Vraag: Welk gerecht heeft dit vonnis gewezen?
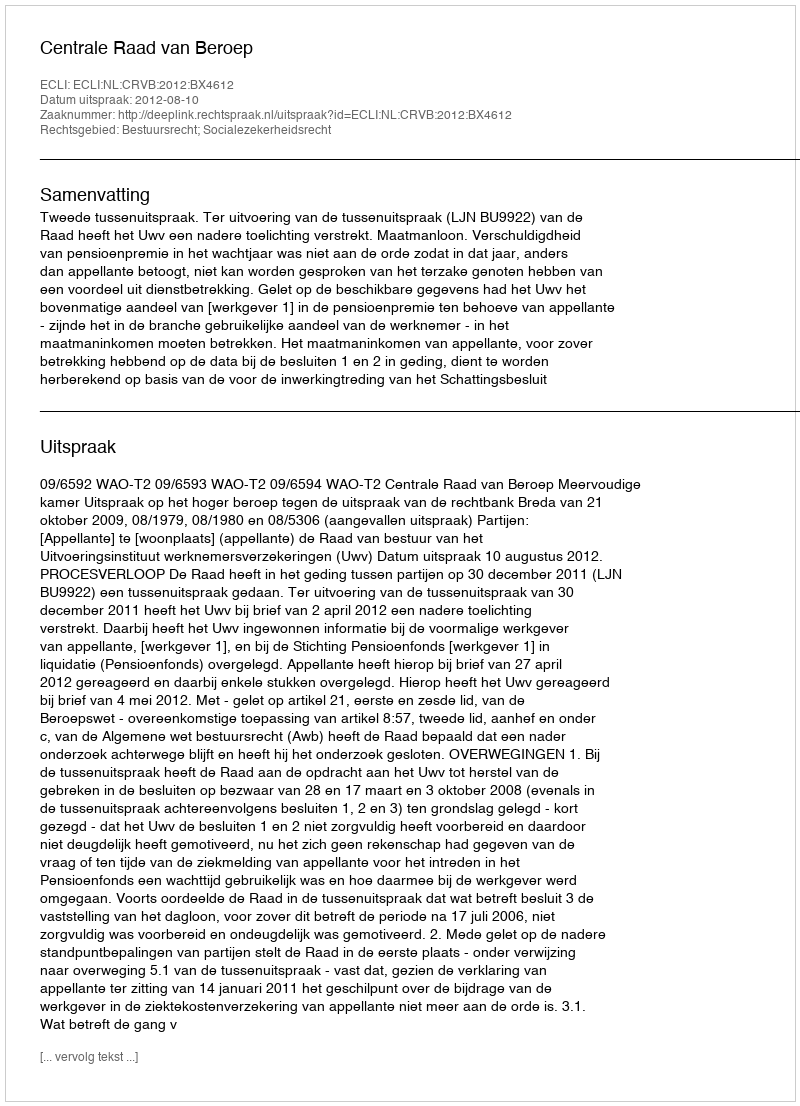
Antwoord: Centrale Raad van Beroep